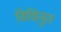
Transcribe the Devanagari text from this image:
विचिनुत